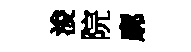
浚院廓